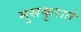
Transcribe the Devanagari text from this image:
मुसकुराते